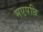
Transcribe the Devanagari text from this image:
भएपछि